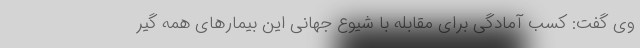
وی گفت: کسب آمادگی برای مقابله با شیوع جهانی این بیمارهای همه گیر